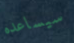
سيساعده